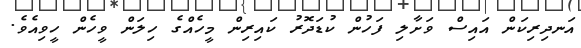
އަނދިރިކަން އައިސް ވަށާލި ފަހުން ކުޑަދޮރު ކައިރިން މީހެއްގެ ހިލަން ވީހެން ހީވިއެވެ.